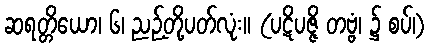
ဆရတ္တိယော၊ ၆၊ ညဉ့်တို့ပတ်လုံး။ (ပဋိပဇ္ဇိ တဗ္ဗံ၊ ၌ စပ်၊)